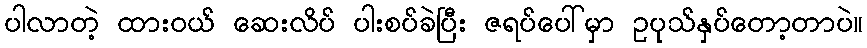
ပါလာတဲ့ ထားဝယ် ဆေးလိပ် ပါးစပ်ခဲပြီး ဇရပ်ပေါ်မှာ ဥပုသ်နှပ်တော့တာပဲ။